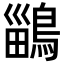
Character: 鶅